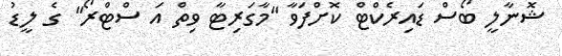
ޝޮނާލީ ބޯސް ޑައިރެކްޓް ކޮށްފަވާ ''މާގަރިޓާ ވިތް އަ ސްޓްރޯ'' ގެ ލީޑު